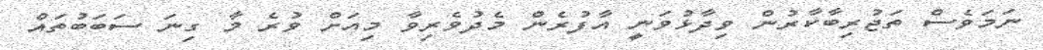
ނަމަވެސް ތަޖުރިބާކާރުން ވިދާޅުވަނީ އާފުރެން މެދުވެރިވާ މިއަށް ވުރެ މާ ގިނަ ސަބަބުތައް